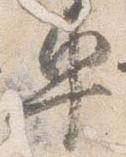
車